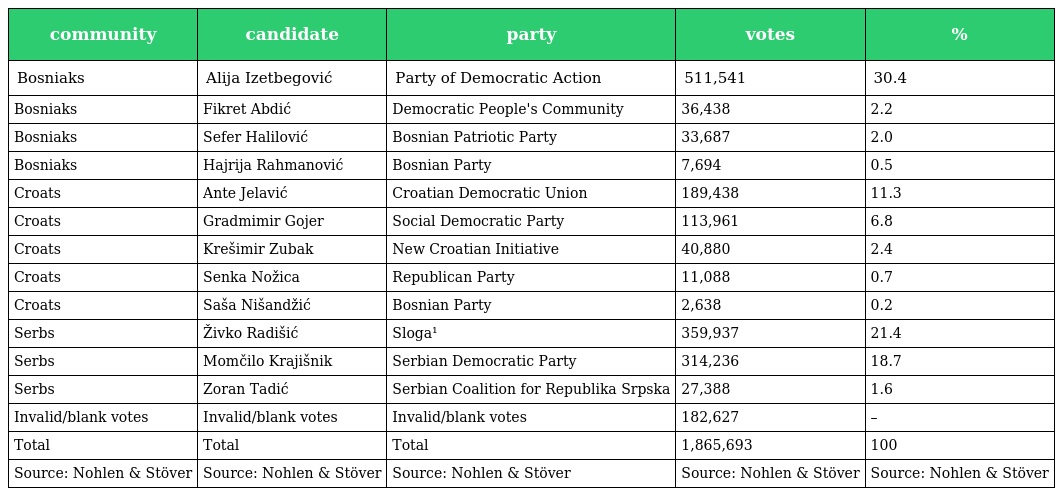
| community | candidate | party | votes | % |
 | --- | --- | --- | --- | --- |
 | Bosniaks | Alija Izetbegović | Party of Democratic Action | 511,541 | 30.4 |
 | Bosniaks | Fikret Abdić | Democratic People's Community | 36,438 | 2.2 |
 | Bosniaks | Sefer Halilović | Bosnian Patriotic Party | 33,687 | 2.0 |
 | Bosniaks | Hajrija Rahmanović | Bosnian Party | 7,694 | 0.5 |
 | Croats | Ante Jelavić | Croatian Democratic Union | 189,438 | 11.3 |
 | Croats | Gradmimir Gojer | Social Democratic Party | 113,961 | 6.8 |
 | Croats | Krešimir Zubak | New Croatian Initiative | 40,880 | 2.4 |
 | Croats | Senka Nožica | Republican Party | 11,088 | 0.7 |
 | Croats | Saša Nišandžić | Bosnian Party | 2,638 | 0.2 |
 | Serbs | Živko Radišić | Sloga¹ | 359,937 | 21.4 |
 | Serbs | Momčilo Krajišnik | Serbian Democratic Party | 314,236 | 18.7 |
 | Serbs | Zoran Tadić | Serbian Coalition for Republika Srpska | 27,388 | 1.6 |
 | Invalid/blank votes | Invalid/blank votes | Invalid/blank votes | 182,627 | – |
 | Total | Total | Total | 1,865,693 | 100 |
 | Source: Nohlen & Stöver | Source: Nohlen & Stöver | Source: Nohlen & Stöver | Source: Nohlen & Stöver | Source: Nohlen & Stöver |